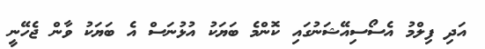
އަދި ފިލްމު އެސޯސިއޭޝަނުގައި ކޮންމެ ބަޔަކު އުޅުނަސް އެ ބަޔަކު ވާން ޖެހޭނީ